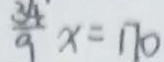
\frac { 3 4 } { 9 } x = 1 7 0